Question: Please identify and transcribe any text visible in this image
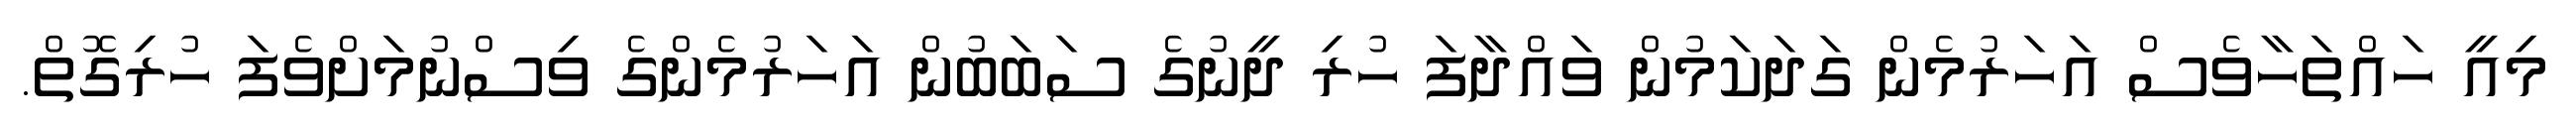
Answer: މިއީ ހައްތަހާވެސް އަހަރުމެން ގަދަކަމުން ވައްދާފަ ހުރި ދީނުގެ ސަބަބުން އަހަރުމެންގެ ވިސްނުމަށްވެފަ ހުރިގޮތް.